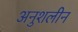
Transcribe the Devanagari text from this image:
अनुशलीन